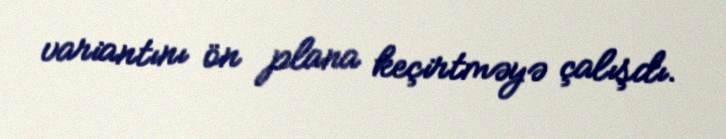
variantını ön plana keçirtməyə çalışdı.